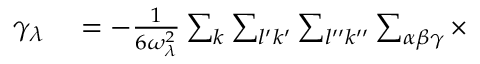
\begin{array} { r l } { \gamma _ { \lambda } } & { { } = - \frac { 1 } { 6 \omega _ { \lambda } ^ { 2 } } \sum _ { k } \sum _ { l ^ { \prime } k ^ { \prime } } \sum _ { l ^ { \prime \prime } k ^ { \prime \prime } } \sum _ { \alpha \beta \gamma } \times } \end{array}